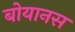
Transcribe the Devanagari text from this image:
बोयानस